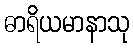
ဓာရိယမာနာသု